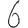
Digit: 6